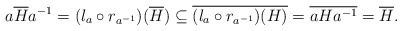
LaTeX: \begin{align*}a\overline{H}a^{-1} = (l_a \circ r_{a^{-1}})(\overline{H}) \subseteq \overline{(l_a \circ r_{a^{-1}})(H)} = \overline{aHa^{-1}} = \overline{H}.\end{align*}